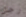
رجل